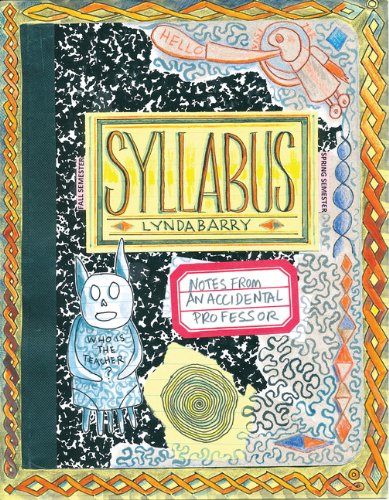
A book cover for Syllabus: Notes from an Accidental Professor; Lynda Barry; Comics & Graphic Novels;